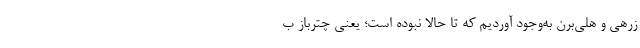
زرهی و هلی‌برن به‌وجود آوردیم که تا حالا نبوده است؛ یعنی چترباز ب